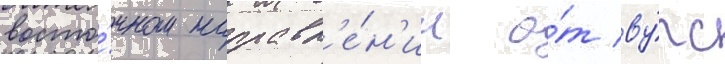
восто́чном направл'е́н'ии о́т ву́рс